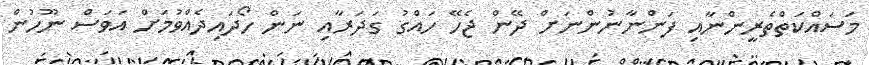
މަސައްކަތްތެރީންނާއި ފަންނާނުންނަށް ދޭން ޖެހޭ ހައްގު ގަދަރާއި ނަން ހޯދައިދެއްވުމަށް އަވަސް ނޫހުން